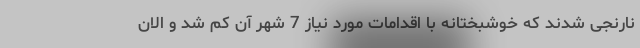
نارنجی شدند که خوشبختانه با اقدامات مورد نیاز 7 شهر آن کم شد و الان